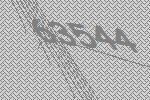
63544